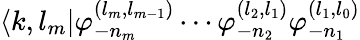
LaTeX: \langle k,l_{m}|\varphi_{-n_{m}}^{(l_{m},l_{m-1})}\cdots\varphi_{-n_{2}}^{(l_{2},l_{1})}\varphi_{-n_{1}}^{(l_{1},l_{0})}